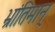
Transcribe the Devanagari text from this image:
भ्रांतिमान्